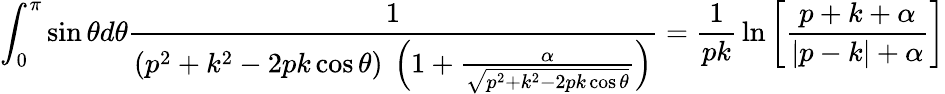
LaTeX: \int_{0}^{\pi}\sin\theta d\theta{\frac{1}{(p^{2}+k^{2}-2pk\cos\theta)\ \left(1+{\frac{\alpha}{\sqrt{p^{2}+k^{2}-2pk\cos\theta}}}\right)}}={\frac{1}{pk}}\ln\left[{\frac{p+k+\alpha}{|p-k|+\alpha}}\right]